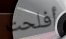
أفلحت